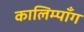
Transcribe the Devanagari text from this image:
कालिम्पाँग